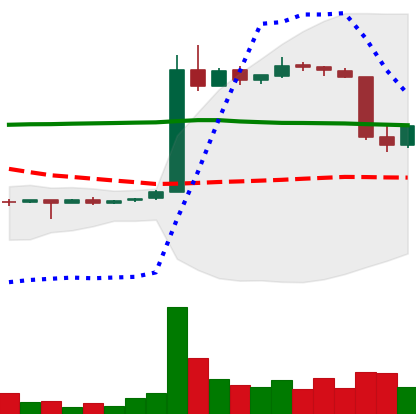
Ticker: LTC-USD
Chart end date: 2015-06-02
Forward return: 3.626%
Label: up_3_5